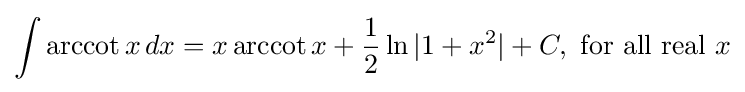
\int \operatorname {arccot} {x}\,dx=x\operatorname {arccot} {x}+{\frac {1}{2}}\ln {\vert 1+x^{2}\vert }+C,{\text{ for all real }}x